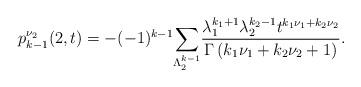
LaTeX: \begin{align*}p^{\nu_2}_{k-1}(2,t)=-(-1)^{k-1}\underset{\Lambda^{k-1}_{2}}{\sum}\frac{\lambda_1^{k_1+1}\lambda_2^{k_2-1}t^{k_1\nu_1+k_2\nu_2}}{\Gamma\left(k_1\nu_1+k_2\nu_2+1\right)}.\end{align*}